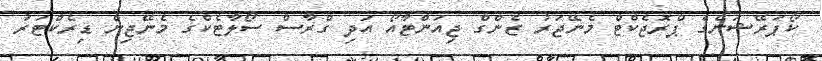
ކޯޕަރޭޝަންގެ ޕްރޮޖެކްޓް މެނޭޖަރު ޒެންގް ޖިއަންޓާއޯ އަދި ގްރާސް ސޯލާޓެކްގެ މެނޭޖިން ޑިރެކްޓަރު